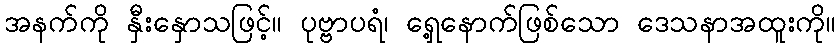
အနက်ကို နှီးနှောသဖြင့်။ ပုဗ္ဗာပရံ၊ ရှေ့နောက်ဖြစ်သော ဒေသနာအထူးကို။